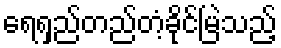
ရေရှည်တည်တံ့ခိုင်မြဲသည့်